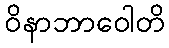
ဝိနာဘာဝေါတိ